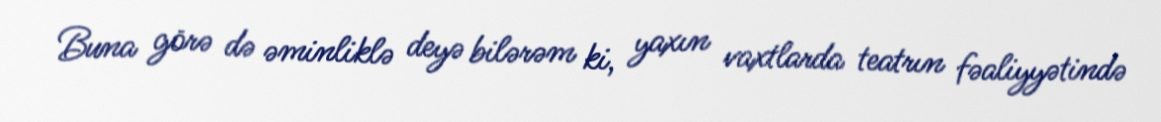
Buna görə də əminliklə deyə bilərəm ki, yaxın vaxtlarda teatrın fəaliyyətində